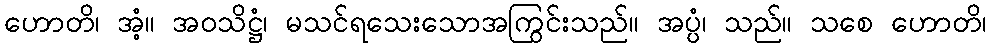
ဟောတိ၊ အံ့။ အဝသိဋ္ဌံ၊ မသင်ရသေးသောအကြွင်းသည်။ အပ္ပံ၊ သည်။ သစေ ဟောတိ၊